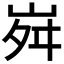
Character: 𡶷